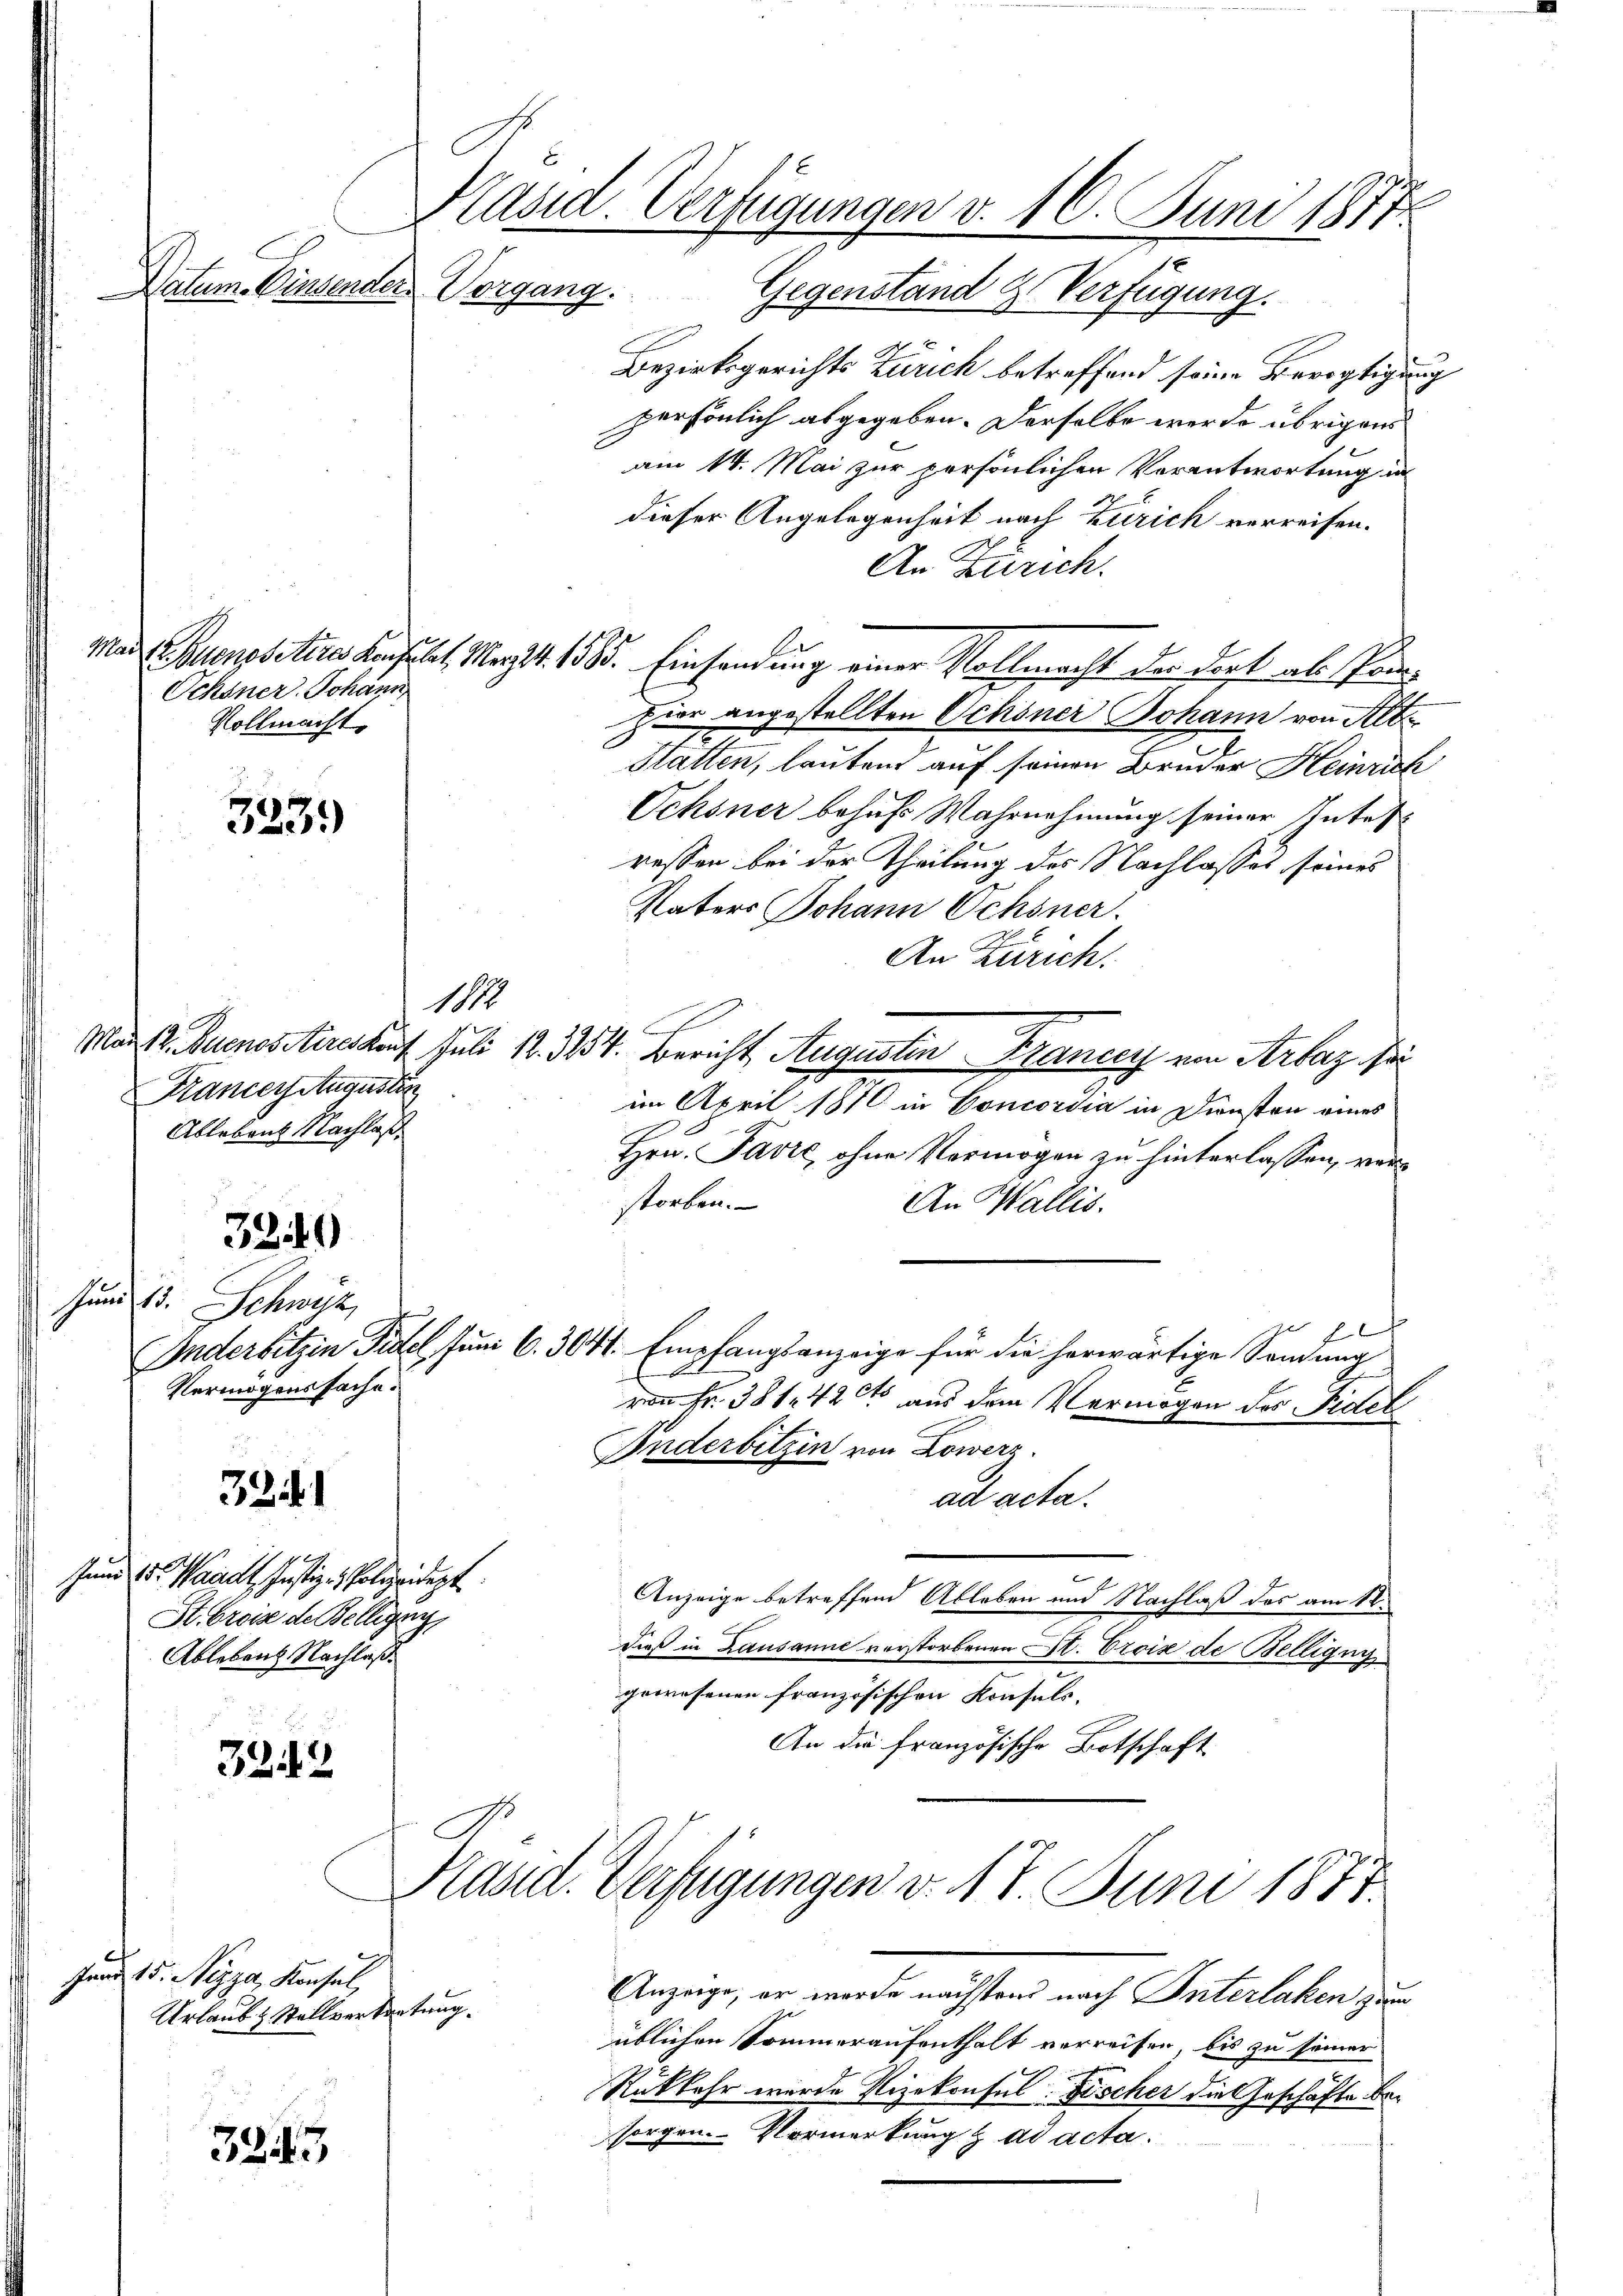
Datum. Einsender.

Mai.
Ochsner Johann
Vollmacht.

3239)

Krancer Augustin
Ablebens Nachlaß

3219

Just
Schweiz
Vermögenssache.

3241

Jund 15. Waadt, Justiz- & Polizeidept.
St breise de Belligung,
Ablebens Nachlaß.

3212

3243

Vorgang. Gegenstand & Verfügung.
Bezirksgerichts Zürich betreffend seine Bevogtigung
persönlich abgegeben. Derselbe werde übrigens
am 14. Mai zur persönlichen Verantwortung in
dieser Angelegenheit nach Zürich verreisen.
An Zürich.
Benssittres Leistet. Mart. 1585. Einsendung einer Volleracht der dort als Panhior angestellten Schöner Johann von Alt
Statten, lauten auf seinen Bruder Heinrich
Ochsner behufs Wahrnehmung seiner Intes
ressen bei der Theilung des Nachlasses seines
Vaters Johann Ochsner.
An Zürich.
Mad 2. Buenossteres kauf Juli 12. 344. Bericht Augustin Francey ein Arbaz sei
im April 1870 in Concordia in Diensten eines
Hrn. Favre, ohne Vermögen zu hinterlassen, ver
storben.
An Wallis.
pet
Inderbitzin Fidel, Juni 6. 3044. Empfangsanzeige für die herwärtige Sendung
von Fr. 381. 42 et aus dem Vermögen des Fidel
Inderbitzin von Lowerz
ad acta.
Anzeige betreffend Ableben und Nachlaß des am 18.
dieß in Lausanne verstorbenen St. Croix de Belligung
gewesenen französischen Konsuls. |
An die französische Botschaft

1198

Kasid. Verfügungen v. 10. Juni 1877.

Grund 15. Nizza, Konsul,
Urlaub & Stellvertretung.

No.

Kast. Verfügungen v. 17. Juni 1877.

Anzeige, er werde nächstend nach Interlaken zum
üblichen Sommeraufenthalt verreisen, bis zu seiner
Rükkehr wurde Vizekonsul Fischer die Geschäfte besorgen. Vormerkung & ad acta.